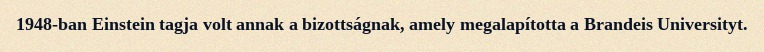
1948-ban Einstein tagja volt annak a bizottságnak, amely megalapította a Brandeis Universityt.